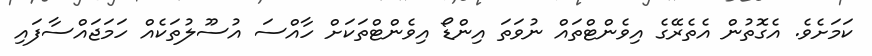
ކަމަށެވެ. އެގޮތުން އެތެރޭގެ އިވެންޓްތައް ނުވަތަ އިންޑޯ އިވެންޓްތަކަށް ހާއްސަ އުސޫލުތަކެއް ހަމަޖައްސާފައި